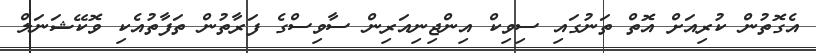
އެގޮތުން ކުރިއަށް އޮތް ތަނުގައި ސިވިކް އިންޖިނިއަރިން ސާވިސްގެ ފަރާތުން ތަފާތުއެކި ވޮކޭޝަނަލް